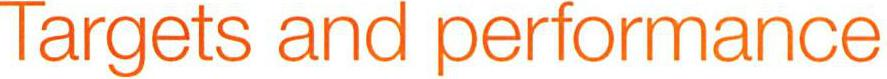
Targets and performance